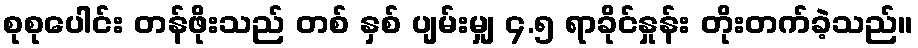
စုစုပေါင်း တန်ဖိုးသည် တစ် နှစ် ပျမ်းမျှ ၄.၅ ရာခိုင်နှုန်း တိုးတက်ခဲ့သည်။